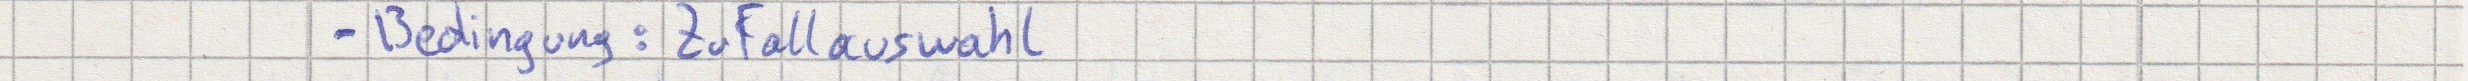
- Bedingung: Zufallsauswahl